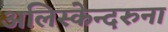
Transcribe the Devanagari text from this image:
अलिस्केन्दरुना